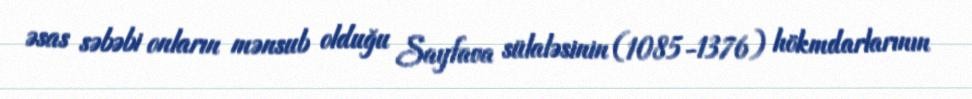
əsas səbəbi onların mənsub olduğu Sayfava sülaləsinin (1085-1376) hökmdarlarının